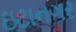
ઇટાનગર